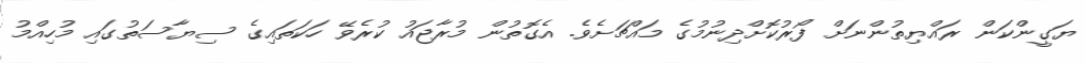
ޔަގީންކަން ރައްޔިތުންނަށް ފޯރުކޮށްދިނުމުގެ މައްޗަށެވެ. އެގޮތުން މުރާޖައު ކުރެވޭ ހަކަތައިގެ ސިޔާސަތުގައި މުހިއްމު